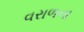
વરાળના